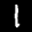
Label: 1